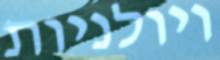
ויולניות